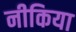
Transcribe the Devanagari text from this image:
नीकिया